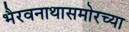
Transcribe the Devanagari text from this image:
भैरवनाथासमोरच्या